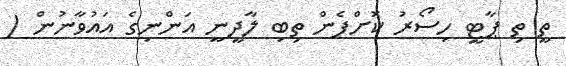
ތީ ތި ޕާޓީ ހިސޯރު ކޮށްފެން ތިބި ލާދީނީ އަންނިގެ އައުވާނުން (